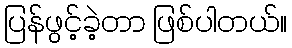
ပြန်ဖွင့်ခဲ့တာ ဖြစ်ပါတယ်။